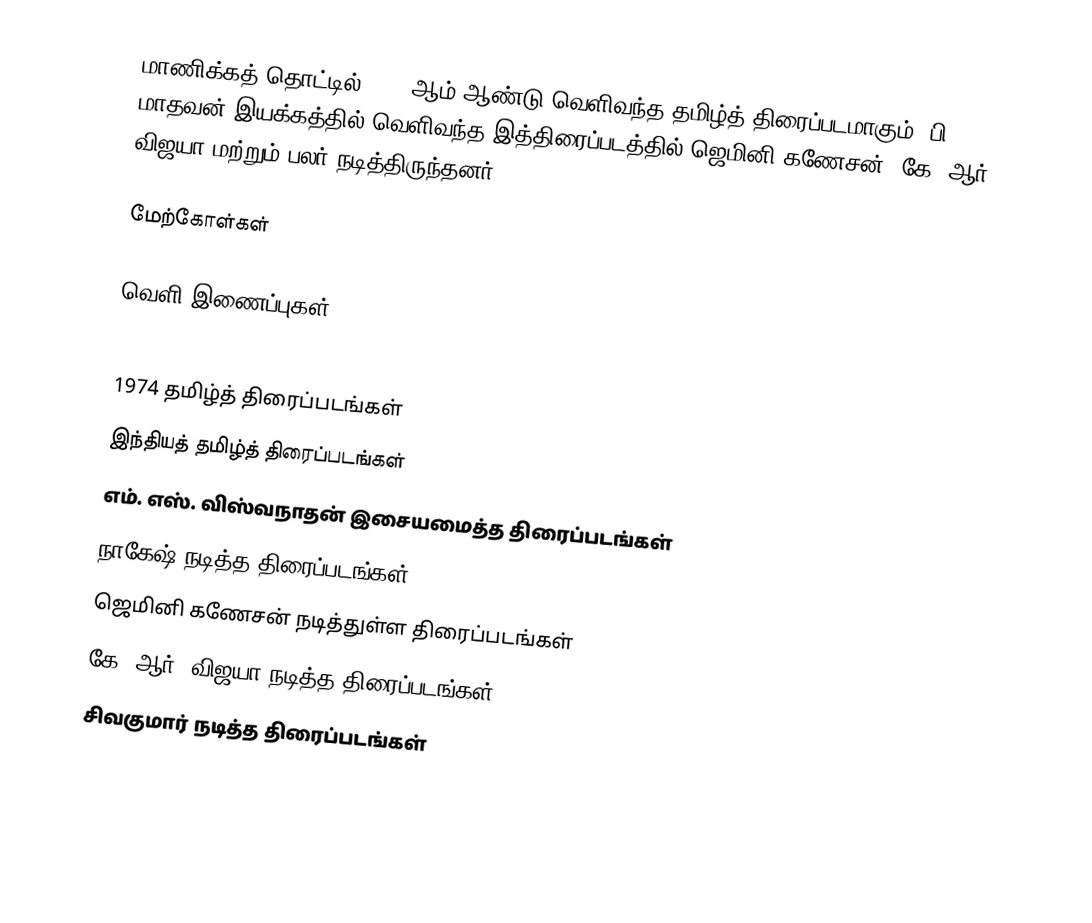
மாணிக்கத் தொட்டில் 1974 ஆம் ஆண்டு வெளிவந்த தமிழ்த் திரைப்படமாகும். பி. மாதவன் இயக்கத்தில் வெளிவந்த இத்திரைப்படத்தில் ஜெமினி கணேசன், கே. ஆர். விஜயா மற்றும் பலர் நடித்திருந்தனர்.

மேற்கோள்கள்

வெளி இணைப்புகள்

1974 தமிழ்த் திரைப்படங்கள்
இந்தியத் தமிழ்த் திரைப்படங்கள்
எம். எஸ். விஸ்வநாதன் இசையமைத்த திரைப்படங்கள்
நாகேஷ் நடித்த திரைப்படங்கள்
ஜெமினி கணேசன் நடித்துள்ள திரைப்படங்கள்
கே. ஆர். விஜயா நடித்த திரைப்படங்கள்
சிவகுமார் நடித்த திரைப்படங்கள்